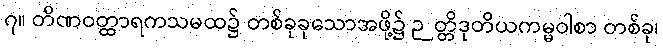
၇။ တိဏဝတ္ထာရကသမထ၌ တစ်ခုခုသောအဖို့၌ ဉတ္တိဒုတိယကမ္မဝါစာ တစ်ခု၊